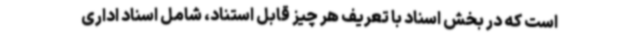
است که در بخش اسناد با تعریف هر چیز قابل استناد، شامل اسناد اداری